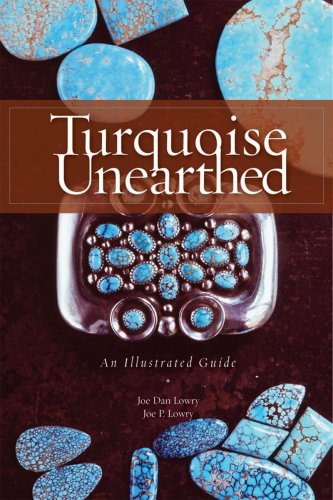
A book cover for Turquoise Unearthed: An Illustrated Guide; Joe Dan Lowry; Crafts, Hobbies & Home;